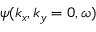
\psi ( k _ { x } , k _ { y } = 0 , \omega )